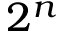
2 ^ { n }